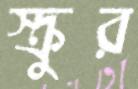
স্ক্রুর